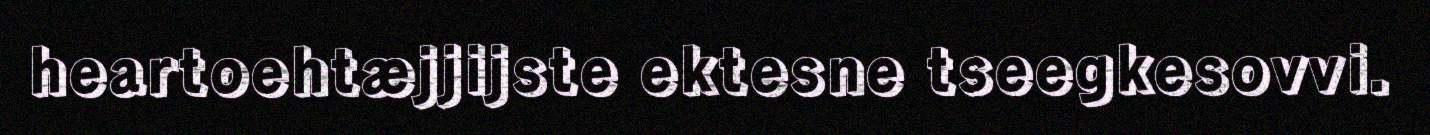
heartoehtæjjijste ektesne tseegkesovvi.